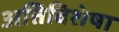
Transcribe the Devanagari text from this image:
अतिविशेषा